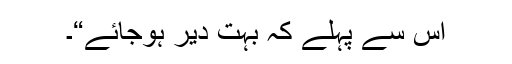
اس سے پہلے کہ بہت دیر ہوجائے“۔